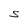
Character: S